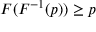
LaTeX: F ( F ^ { - 1 } ( p ) ) \geq p